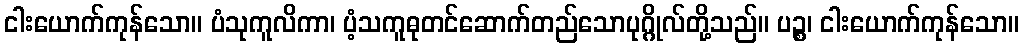
ငါးယောက်ကုန်သော။ ပံသုကူလိကာ၊ ပံ့သကူဓုတင်ဆောက်တည်သောပုဂ္ဂိုလ်တို့သည်။ ပဉ္စ၊ ငါးယောက်ကုန်သော။